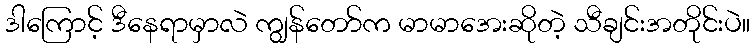
ဒါကြောင့် ဒီနေရာမှာလဲ ကျွန်တော်က မာမာအေးဆိုတဲ့ သီချင်းအတိုင်းပဲ။